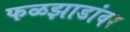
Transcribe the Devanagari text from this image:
फळझाडांवर